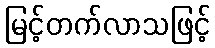
မြင့်တက်လာသဖြင့်